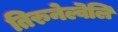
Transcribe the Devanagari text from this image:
तिरुनेल्वॆलि